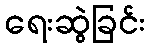
ရေးဆွဲခြင်း